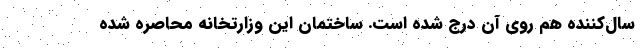
سال‌کننده هم روی آن درج شده است. ساختمان این وزارتخانه محاصره شده